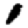
Digit: 1